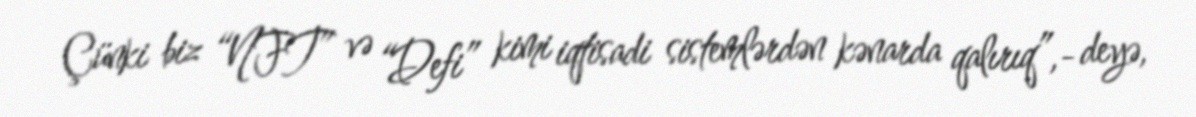
Çünki biz “NFT” və “Defi” kimi iqtisadi sistemlərdən kənarda qalırıq”,- deyə,